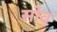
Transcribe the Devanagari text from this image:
सोव